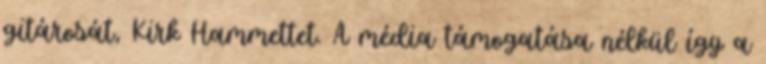
gitárosát, Kirk Hammettet. A média támogatása nélkül így a